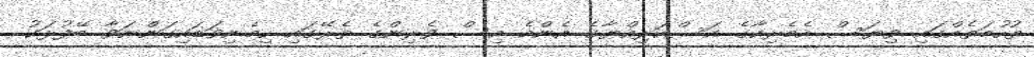
ތުހުމަތެއްގައި ވިޔަސް އެމެރިކާގެ އަސްކަރިއްޔާގެ އެންމެ އިސް ވެރިންގެ ތެރޭގައި ހިމެނިވަޑައިގަންނަވާ ބޭފުޅަކު